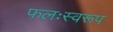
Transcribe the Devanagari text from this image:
फलःस्वरूप